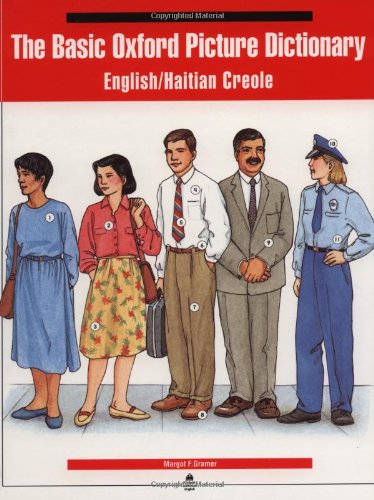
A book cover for The Basic Oxford Picture Dictionary: English/ Haitian Creole; Margot Gramer; Reference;